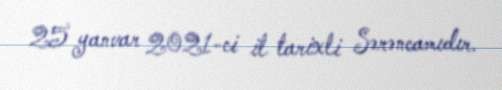
25 yanvar 2021-ci il tarixli Sərəncamıdır.